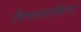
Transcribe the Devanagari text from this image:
विचारशक्तिचा